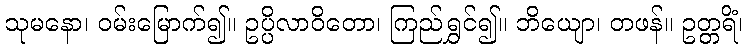
သုမနော၊ ဝမ်းမြောက်၍။ ဥပ္ပိလာဝိတော၊ ကြည်ရွှင်၍။ ဘိယျော၊ တဖန်။ ဥတ္တရိံ၊